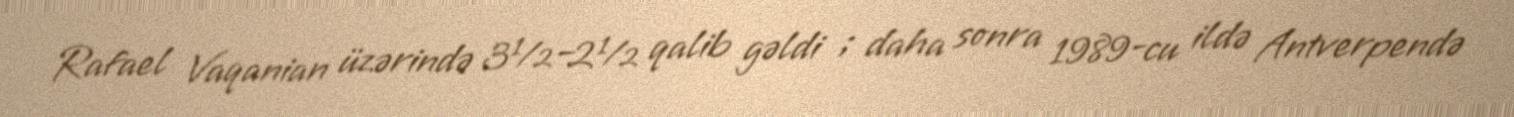
Rafael Vaqanian üzərində 3½–2½ qalib gəldi ; daha sonra 1989-cu ildə Antverpendə